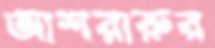
আশরারুর